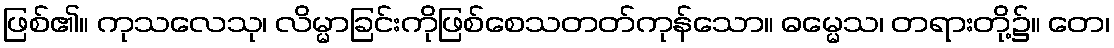
ဖြစ်၏။ ကုသလေသု၊ လိမ္မာခြင်းကိုဖြစ်စေသတတ်ကုန်သော။ ဓမ္မေသ၊ တရားတို့၌။ တေ၊